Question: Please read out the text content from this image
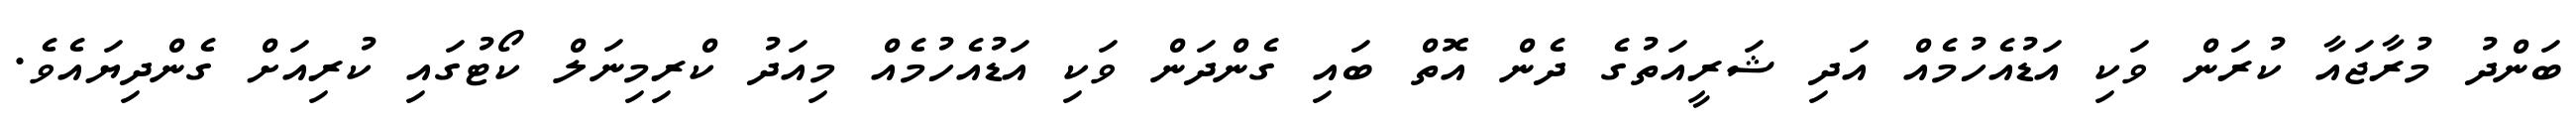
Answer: ބަންދު މުރާޖައާ ކުރަން ވަކި އަޑުއެހުމެއް އަދި ޝަރީއަތުގެ ދެން އޮތް ބައި ގެންދަން ވަކި އަޑުއެހުމެއް މިއަދު ކްރިމިނަލް ކޯޓުގައި ކުރިއަށް ގެންދިޔައެވެ.